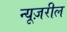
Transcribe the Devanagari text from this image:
न्यूज़रील